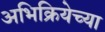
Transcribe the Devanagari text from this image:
अभिक्रियेच्या